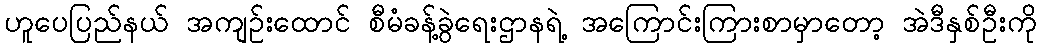
ဟူပေပြည်နယ် အကျဉ်းထောင် စီမံခန့်ခွဲရေးဌာနရဲ့ အကြောင်းကြားစာမှာတော့ အဲဒီနှစ်ဦးကို